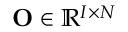
\mathbf { O } \in \mathbb { R } ^ { I \times N }